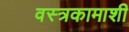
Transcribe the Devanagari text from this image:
वस्त्रकामाशी